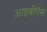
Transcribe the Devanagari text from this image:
आइबीऍम